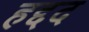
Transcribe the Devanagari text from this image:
हद्दद